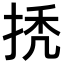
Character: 𢬳